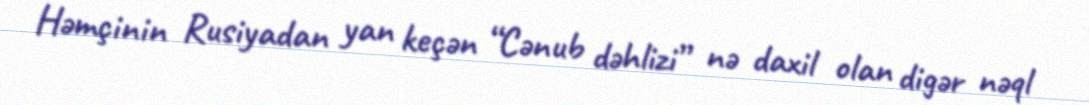
Həmçinin Rusiyadan yan keçən “Cənub dəhlizi” nə daxil olan digər nəql